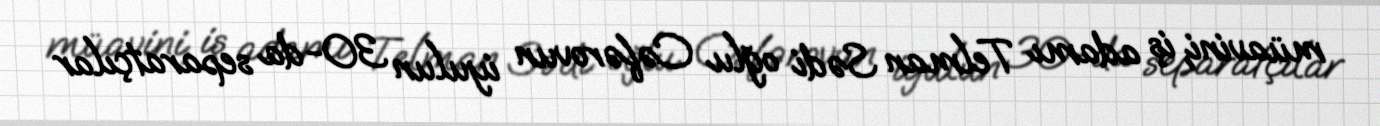
müavini, iş adamı Telman Sədi oğlu Cəfərovun iyulun 30-da separatçılar